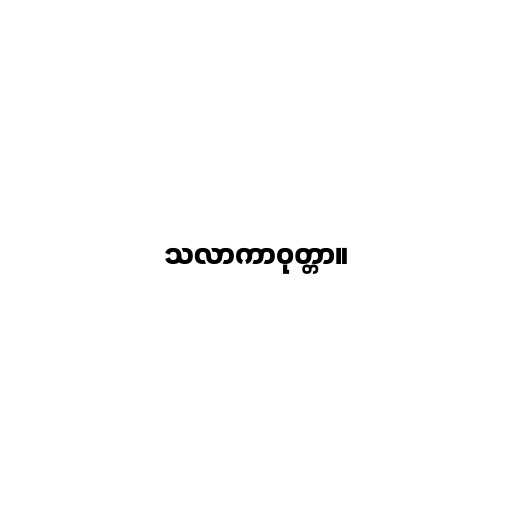
သလာကာဝုတ္တာ။